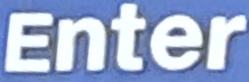
Enter